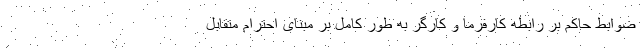
ضوابط حاکم بر رابطه کارفرما و کارگر به طور کامل بر مبنای احترام متقابل